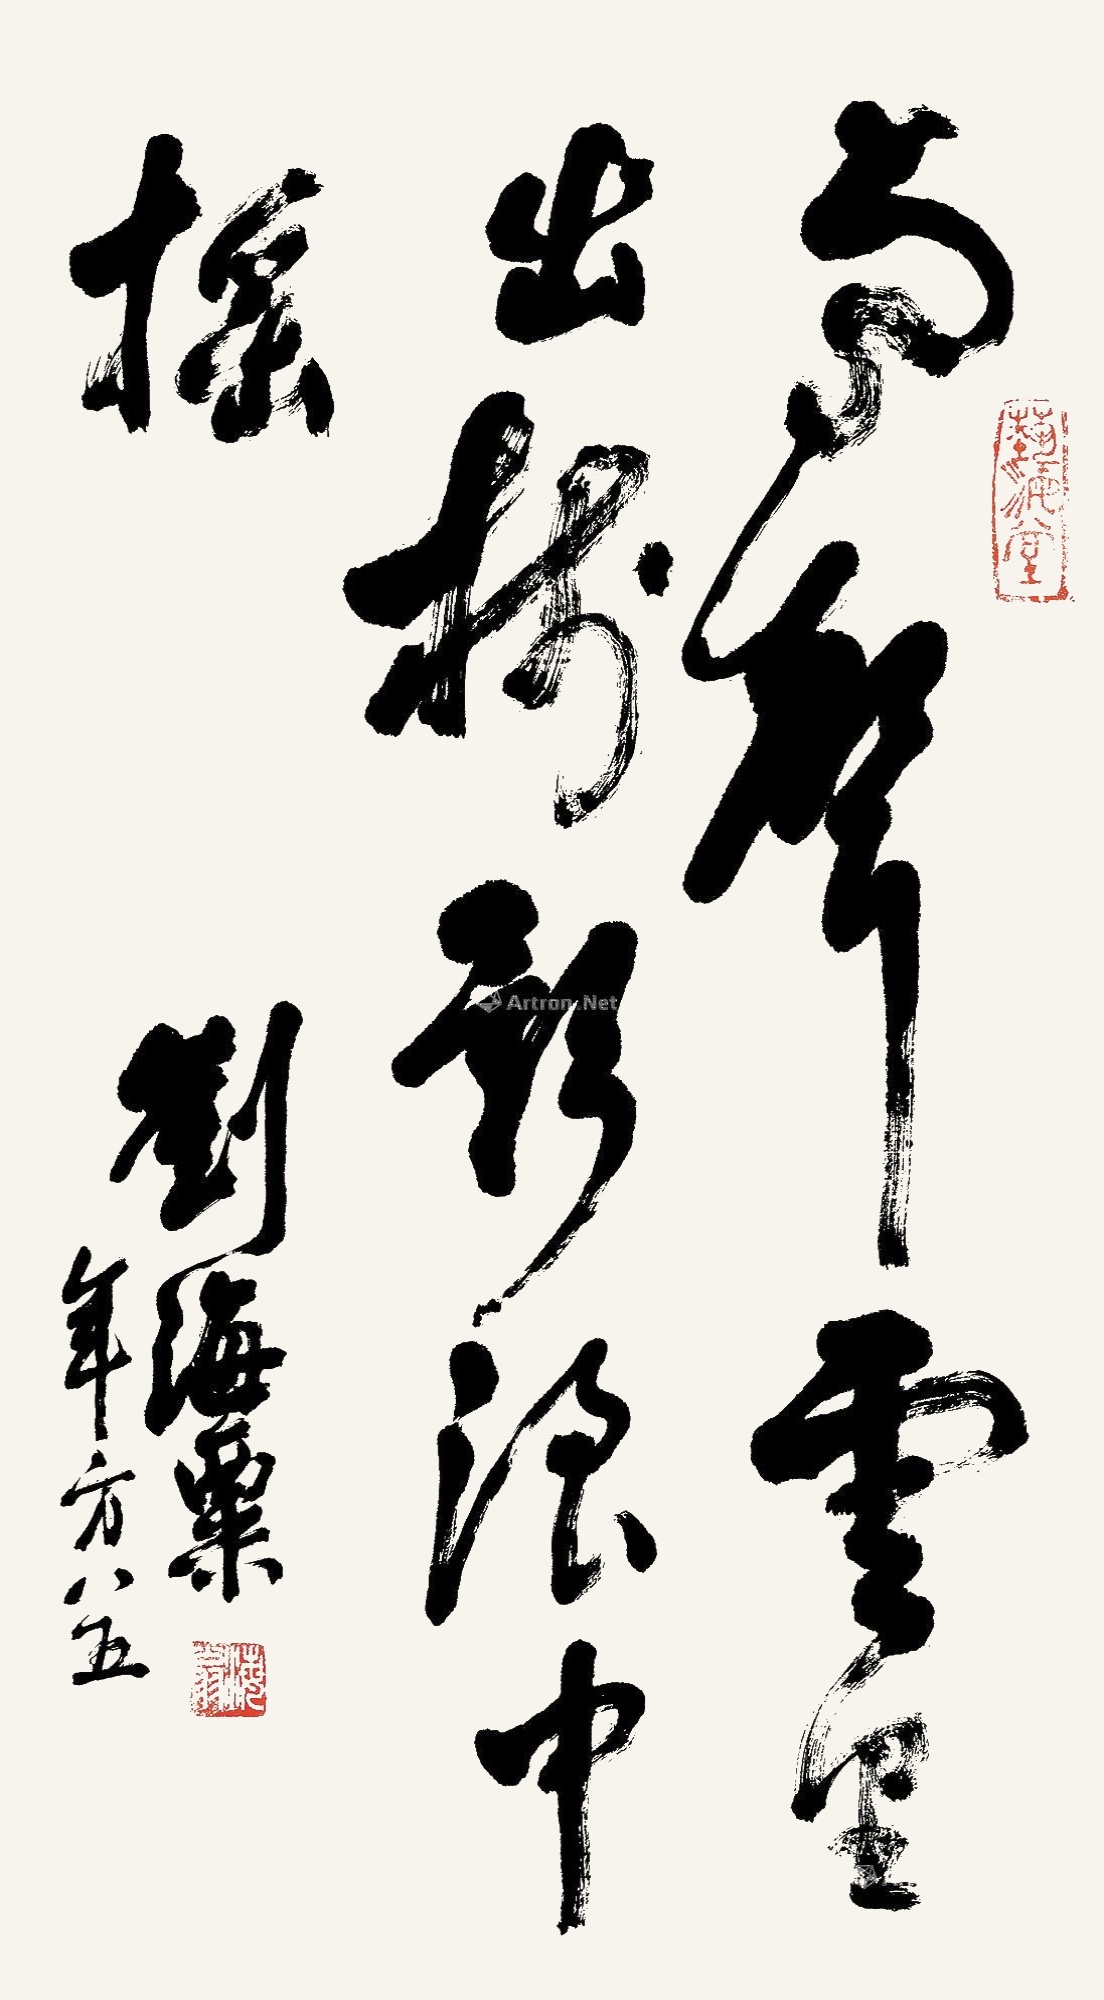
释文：鸟声云里出，树影浪中摇。刘海粟年方八五。